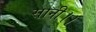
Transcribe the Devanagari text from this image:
सानी।।